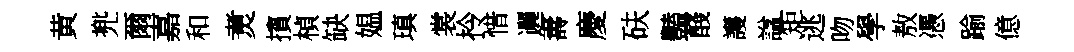
黄兠爾嘉和煑擯楨缺媪瑱裳拎惜邐夀慶砆豔醆護諡矩逃吻學敖慿踰億